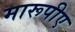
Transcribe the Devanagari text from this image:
मारूपीए